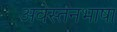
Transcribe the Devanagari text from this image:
अवेस्तनभाषा